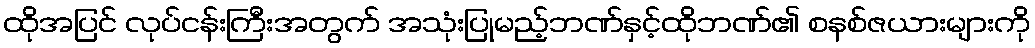
ထိုအပြင် လုပ်ငန်းကြီးအတွက် အသုံးပြုမည့်ဘဏ်နှင့်ထိုဘဏ်၏ စနစ်ဇယားများကို